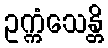
ဥက္ကံသေန္တိ